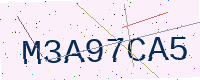
Text: M3A97CA5